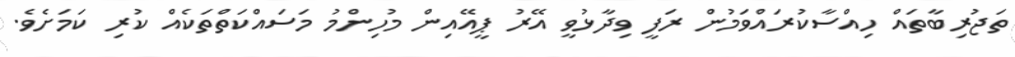
ތަޖުރިބާތައް ހިއްސާކުރައްވަމުން ރަފީ ވިދާޅުވީ އޭރު ޕީއޭއިން މުހިންމު މަސައްކަތްތަކެއް ކުރި ކަމަށެވެ.